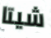
شيتا